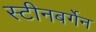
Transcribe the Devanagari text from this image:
स्टीनबर्गेन